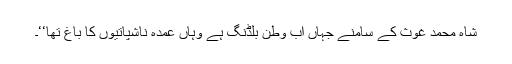
شاہ محمد غوث کے سامنے جہاں اب وطن بلڈنگ ہے وہاں عمدہ ناشپاتیوں کا باغ تھا‘‘۔